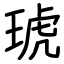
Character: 琥